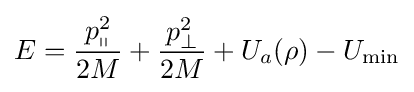
E={\frac {p_{\shortparallel }^{2}}{2M}}+{\frac {p_{\perp }^{2}}{2M}}+U_{a}(\rho )-U_{\rm {min}}